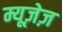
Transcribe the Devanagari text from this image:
म्यूज़ेज़